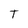
Character: T